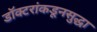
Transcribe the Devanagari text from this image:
डॉक्टरांकडूनसुद्धा